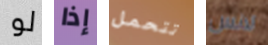
لو إذا تتحمل لانس